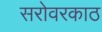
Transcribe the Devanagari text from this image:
सरोवरकाठ